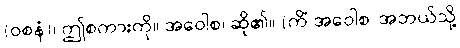
(ဝစနံ)၊ ဤစကားကို။ အဝေါစ၊ ဆို၏။ (ကိံ အဝေါစ၊ အဘယ်သို့